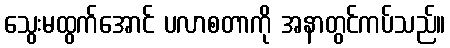
သွေးမထွက်အောင် ပလာစတာကို အနာတွင်ကပ်သည်။